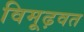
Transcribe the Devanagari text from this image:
विमूढ़वत